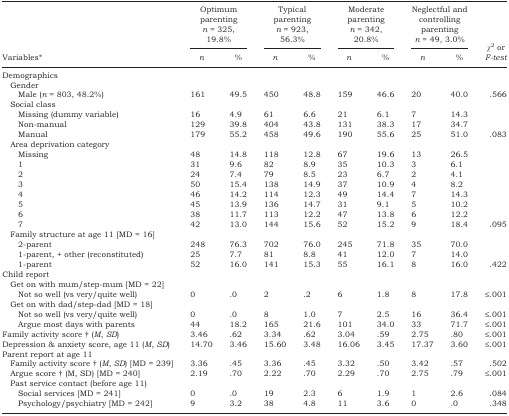
<table><thead><tr><td></td><td colspan="2"><b>Optimum parenting <i>n</i>=325, 19.8%</b></td><td colspan="2"><b>Typical parenting <i>n</i>=923, 56.3%</b></td><td colspan="2"><b>Moderate parenting <i>n</i>=342, 20.8%</b></td><td colspan="2"><b>Neglectful and controlling parenting <i>n</i>=49, 3.0%</b></td><td></td></tr><tr><td><b>Variables*</b></td><td><b><i>n</i></b></td><td><b>%</b></td><td><b><i>n</i></b></td><td><b>%</b></td><td><b><i>n</i></b></td><td><b>%</b></td><td><b><i>n</i></b></td><td><b>%</b></td><td><b>χ<sup>2</sup> or <i>F-test</i></b></td></tr></thead><tbody><tr><td colspan="10">Demographics</td></tr><tr><td colspan="10"> Gender</td></tr><tr><td>Male (<i>n</i>=803, 48.2%)</td><td>161</td><td>49.5</td><td>450</td><td>48.8</td><td>159</td><td>46.6</td><td>20</td><td>40.0</td><td>.566</td></tr><tr><td colspan="10"> Social class</td></tr><tr><td>Missing (dummy variable)</td><td>16</td><td>4.9</td><td>61</td><td>6.6</td><td>21</td><td>6.1</td><td>7</td><td>14.3</td><td></td></tr><tr><td>Non-manual</td><td>129</td><td>39.8</td><td>404</td><td>43.8</td><td>131</td><td>38.3</td><td>17</td><td>34.7</td><td></td></tr><tr><td>Manual</td><td>179</td><td>55.2</td><td>458</td><td>49.6</td><td>190</td><td>55.6</td><td>25</td><td>51.0</td><td>.083</td></tr><tr><td colspan="10"> Area deprivation category</td></tr><tr><td>Missing</td><td>48</td><td>14.8</td><td>118</td><td>12.8</td><td>67</td><td>19.6</td><td>13</td><td>26.5</td><td></td></tr><tr><td>1</td><td>31</td><td>9.6</td><td>82</td><td>8.9</td><td>35</td><td>10.3</td><td>3</td><td>6.1</td><td></td></tr><tr><td>2</td><td>24</td><td>7.4</td><td>79</td><td>8.5</td><td>23</td><td>6.7</td><td>2</td><td>4.1</td><td></td></tr><tr><td>3</td><td>50</td><td>15.4</td><td>138</td><td>14.9</td><td>37</td><td>10.9</td><td>4</td><td>8.2</td><td></td></tr><tr><td>4</td><td>46</td><td>14.2</td><td>114</td><td>12.3</td><td>49</td><td>14.4</td><td>7</td><td>14.3</td><td></td></tr><tr><td>5</td><td>45</td><td>13.9</td><td>136</td><td>14.7</td><td>31</td><td>9.1</td><td>5</td><td>10.2</td><td></td></tr><tr><td>6</td><td>38</td><td>11.7</td><td>113</td><td>12.2</td><td>47</td><td>13.8</td><td>6</td><td>12.2</td><td></td></tr><tr><td>7</td><td>42</td><td>13.0</td><td>144</td><td>15.6</td><td>52</td><td>15.2</td><td>9</td><td>18.4</td><td>.095</td></tr><tr><td colspan="10"> Family structure at age 11 [MD = 16]</td></tr><tr><td>2-parent</td><td>248</td><td>76.3</td><td>702</td><td>76.0</td><td>245</td><td>71.8</td><td>35</td><td>70.0</td><td></td></tr><tr><td>1-parent, + other (reconstituted)</td><td>25</td><td>7.7</td><td>81</td><td>8.8</td><td>41</td><td>12.0</td><td>7</td><td>14.0</td><td></td></tr><tr><td>1-parent</td><td>52</td><td>16.0</td><td>141</td><td>15.3</td><td>55</td><td>16.1</td><td>8</td><td>16.0</td><td>.422</td></tr><tr><td colspan="10">Child report</td></tr><tr><td colspan="10"> Get on with mum/step-mum [MD = 22]</td></tr><tr><td>Not so well (vs very/quite well)</td><td>0</td><td>.0</td><td>2</td><td>.2</td><td>6</td><td>1.8</td><td>8</td><td>17.8</td><td>≤.001</td></tr><tr><td colspan="10"> Get on with dad/step-dad [MD = 18]</td></tr><tr><td>Not so well (vs very/quite well)</td><td>0</td><td>.0</td><td>8</td><td>1.0</td><td>7</td><td>2.5</td><td>16</td><td>36.4</td><td>≤.001</td></tr><tr><td>Argue most days with parents</td><td>44</td><td>18.2</td><td>165</td><td>21.6</td><td>101</td><td>34.0</td><td>33</td><td>71.7</td><td>≤.001</td></tr><tr><td>Family activity score † (<i>M</i>, <i>SD</i>)</td><td>3.46</td><td>.62</td><td>3.34</td><td>.62</td><td>3.04</td><td>.59</td><td>2.75</td><td>.80</td><td>≤.001</td></tr><tr><td>Depression &amp; anxiety score, age 11 (<i>M</i>, <i>SD</i>)</td><td>14.70</td><td>3.46</td><td>15.60</td><td>3.48</td><td>16.06</td><td>3.45</td><td>17.37</td><td>3.60</td><td>≤.001</td></tr><tr><td colspan="10">Parent report at age 11</td></tr><tr><td> Family activity score † (<i>M</i>, <i>SD</i>) [MD = 239]</td><td>3.36</td><td>.45</td><td>3.36</td><td>.45</td><td>3.32</td><td>.50</td><td>3.42</td><td>.57</td><td>.502</td></tr><tr><td> Argue score † (M, SD) [MD = 240]</td><td>2.19</td><td>.70</td><td>2.22</td><td>.70</td><td>2.29</td><td>.70</td><td>2.75</td><td>.79</td><td>≤.001</td></tr><tr><td colspan="10"> Past service contact (before age 11)</td></tr><tr><td>Social services [MD = 241]</td><td>0</td><td>.0</td><td>19</td><td>2.3</td><td>6</td><td>1.9</td><td>1</td><td>2.6</td><td>.084</td></tr><tr><td>Psychology/psychiatry [MD = 242]</td><td>9</td><td>3.2</td><td>38</td><td>4.8</td><td>11</td><td>3.6</td><td>0</td><td>.0</td><td>.348</td></tr></tbody></table>